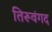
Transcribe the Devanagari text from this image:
तिरूवंगद